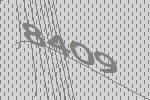
8409